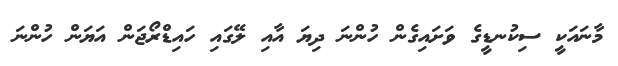
މާނައަކީ ސިކުނޑީގެ ވަށައިގެން ހުންނަ ދިޔަ އާއި ލޭގައި ހައިޑްރޯޖަން އަޔަން ހުންނަ